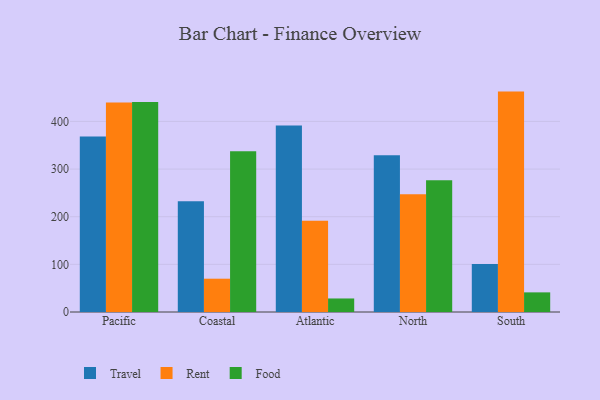
{"axis": {"x": "Region", "y": "Humidity (%)"}, "legend": ["Food", "Rent", "Travel"], "data": [{"x": "Pacific", "y": 368.1, "type": "Travel"}, {"x": "Pacific", "y": 439.6, "type": "Rent"}, {"x": "Pacific", "y": 440.7, "type": "Food"}, {"x": "Coastal", "y": 232.3, "type": "Travel"}, {"x": "Coastal", "y": 69.9, "type": "Rent"}, {"x": "Coastal", "y": 337.3, "type": "Food"}, {"x": "Atlantic", "y": 391.6, "type": "Travel"}, {"x": "Atlantic", "y": 191.7, "type": "Rent"}, {"x": "Atlantic", "y": 28.4, "type": "Food"}, {"x": "North", "y": 329.1, "type": "Travel"}, {"x": "North", "y": 247.4, "type": "Rent"}, {"x": "North", "y": 276.4, "type": "Food"}, {"x": "South", "y": 101.0, "type": "Travel"}, {"x": "South", "y": 462.6, "type": "Rent"}, {"x": "South", "y": 41.2, "type": "Food"}]}